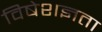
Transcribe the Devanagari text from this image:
विषेशज्ञता